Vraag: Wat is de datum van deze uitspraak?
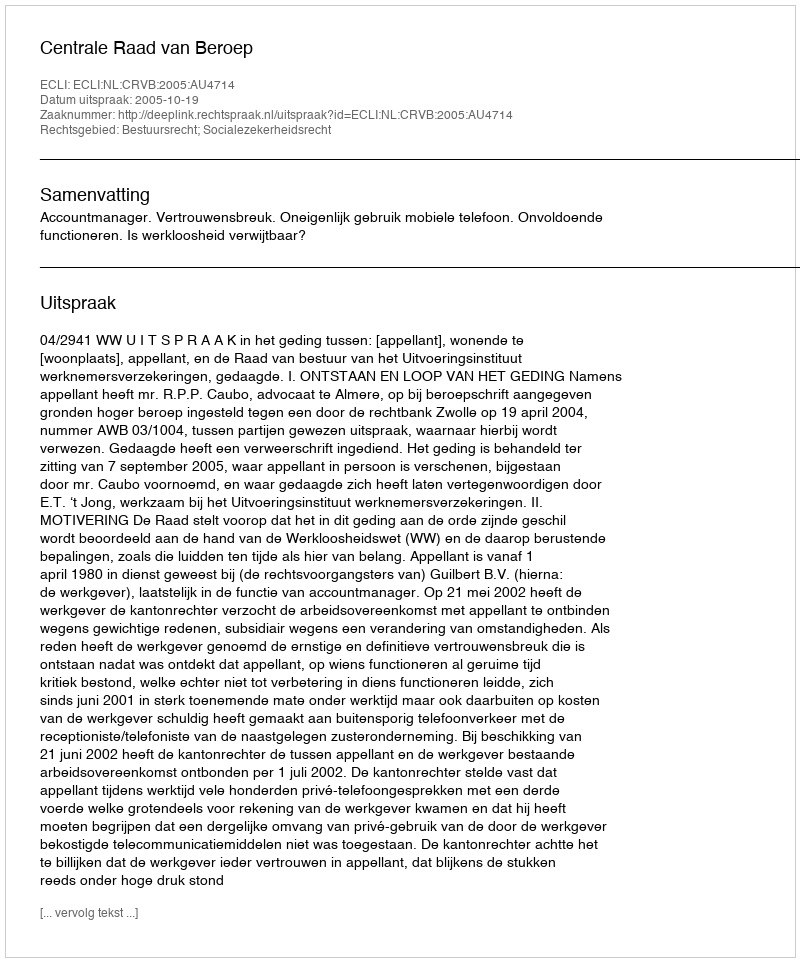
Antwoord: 2005-10-19